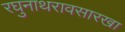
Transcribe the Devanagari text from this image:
रघुनाथरावसारखा